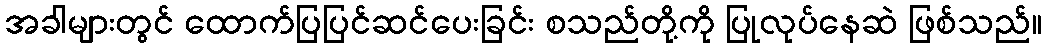
အခါများတွင် ထောက်ပြပြင်ဆင်ပေးခြင်း စသည်တို့ကို ပြုလုပ်နေဆဲ ဖြစ်သည်။